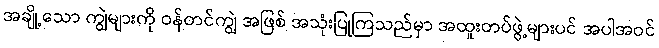
အချို့သော ကျွဲများကို ဝန်တင်ကျွဲ အဖြစ် အသုံးပြုကြသည်မှာ အထူးတပ်ဖွဲ့များပင် အပါအဝင်